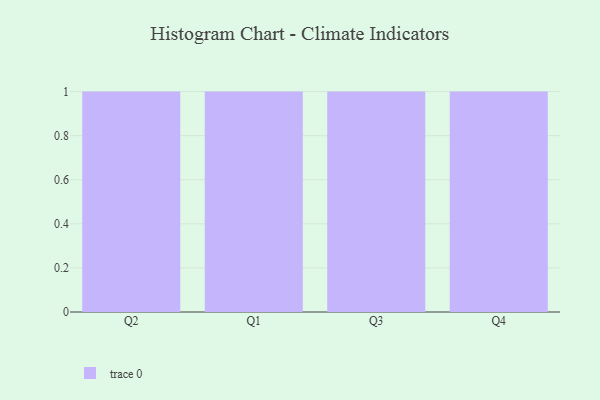
{"axis": {"x": "Quarter", "y": "Market Share (%)"}, "legend": [""], "data": [{"x": "Q2", "y": 68, "type": ""}, {"x": "Q1", "y": 2, "type": ""}, {"x": "Q3", "y": 87, "type": ""}, {"x": "Q4", "y": 9, "type": ""}]}